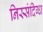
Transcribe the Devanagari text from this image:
निस्संदिग्ध